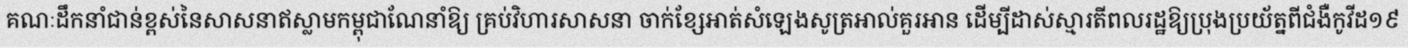
គណៈដឹកនាំជាន់ខ្ពស់នៃសាសនាឥស្លាមកម្ពុជាណែនាំឱ្យ គ្រប់វិហារសាសនា ចាក់ខ្សែអាត់សំឡេងសូត្រអាល់គួរអាន ដើម្បីដាស់ស្មារតីពលរដ្ឋឱ្យប្រុងប្រយ័ត្នពីជំងឺកូវីដ១៩